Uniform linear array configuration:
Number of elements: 48
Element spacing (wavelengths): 0.75
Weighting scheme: hann
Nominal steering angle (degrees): -60
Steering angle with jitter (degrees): -61.566
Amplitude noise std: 0.05
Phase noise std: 0.05

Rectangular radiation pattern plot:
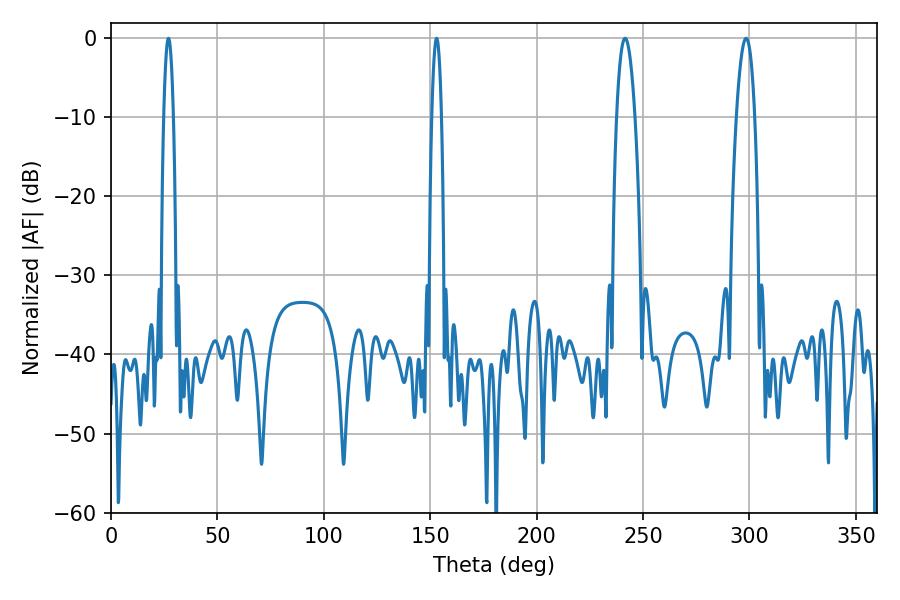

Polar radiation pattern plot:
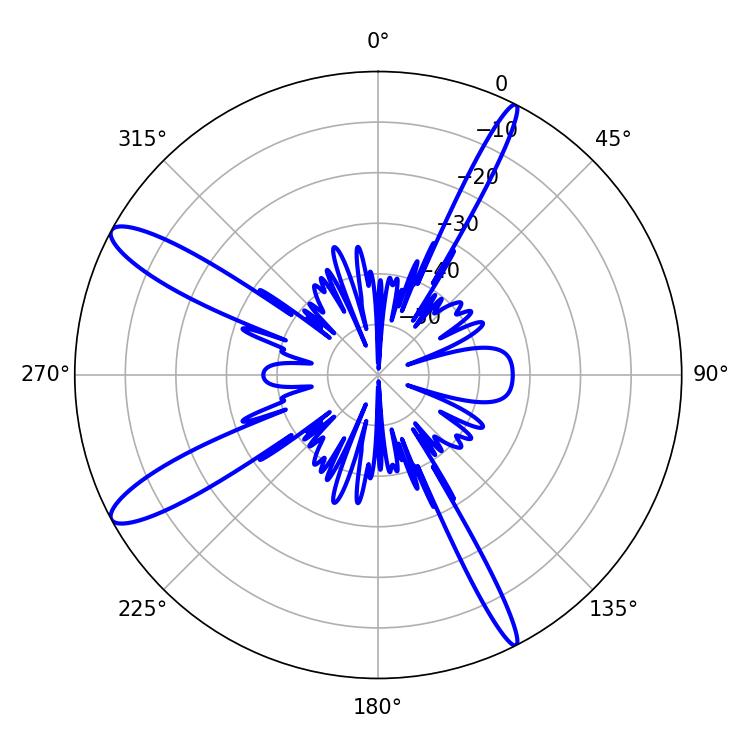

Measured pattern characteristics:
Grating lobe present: TRUE
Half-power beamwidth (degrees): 2.52
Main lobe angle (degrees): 27